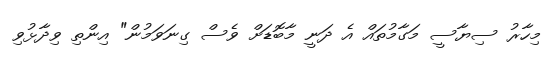
މިހާރު ސިޔާސީ މަގާމުތައް އެ ދަނީ މާބޮޑަށް ވެސް ގިނަވަމުން" އިންތި ވިދާޅުވި